Document type: Grant
Year: 1445
Scribe: Antoni Gomar
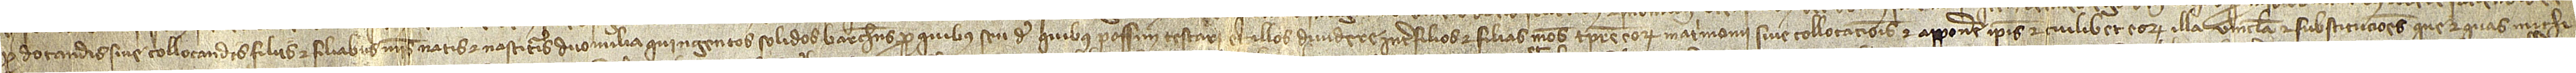
pro dotandis sive collocandis filiis et filiabus meis natis et nascituris duo milia quingentos solidos barchinonenses pro quibus seu de quibus possim testari et illos dividere inter filios et filias meos tempore eorum matrimonii sive collocacionis et apponere ipsis et cuilibet et eorum illa vincula et substituciones que et quas michi